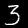
Digit: 3